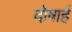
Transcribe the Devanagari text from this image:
दोषार्ह